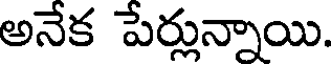
అనేక పేర్లున్నాయి.